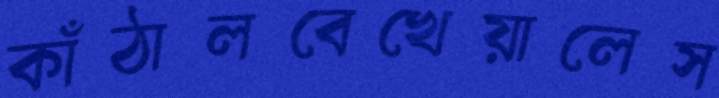
কাঁঠালবেখেয়ালেস